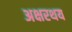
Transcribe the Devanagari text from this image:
अक्षरथय